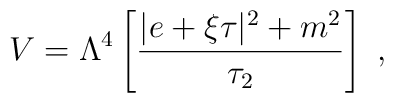
V=  \Lambda^4  \left [{|e  +\xi \tau|^2 + m^2 \over \tau_2 }\right] \ ,